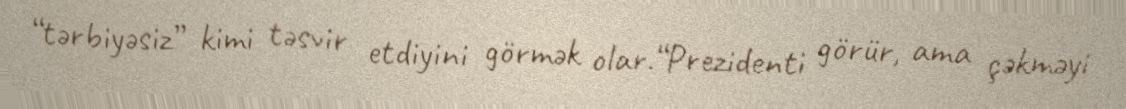
“tərbiyəsiz” kimi təsvir etdiyini görmək olar.“Prezidenti görür, ama çəkməyi